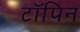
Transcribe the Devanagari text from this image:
टॉपिन